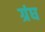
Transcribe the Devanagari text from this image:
ग्रंघ